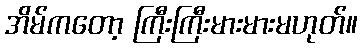
အိမ်ကတော့ ကြီးကြီးမားမားမဟုတ်။